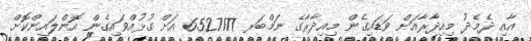
އާއި ދެމެދު މިއިދާރާއަށް ވަޑައިގެން މިއިދާރާގެ ނަމްބަރ 6527177 އަށް ގުޅުއްވައިގެން އޮންލައިންކޮށް